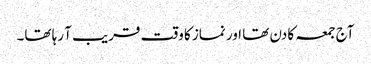
آج جمعہ کا دن تھا اور نماز کا وقت قریب آ رہا تھا۔